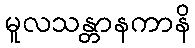
မူလသန္တာနကာနိ